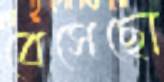
বেসেছো